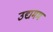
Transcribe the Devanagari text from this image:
उद्यमम